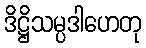
ဒိဋ္ဌိသမ္ပဒါဟေတု